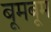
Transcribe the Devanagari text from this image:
बूमबूम